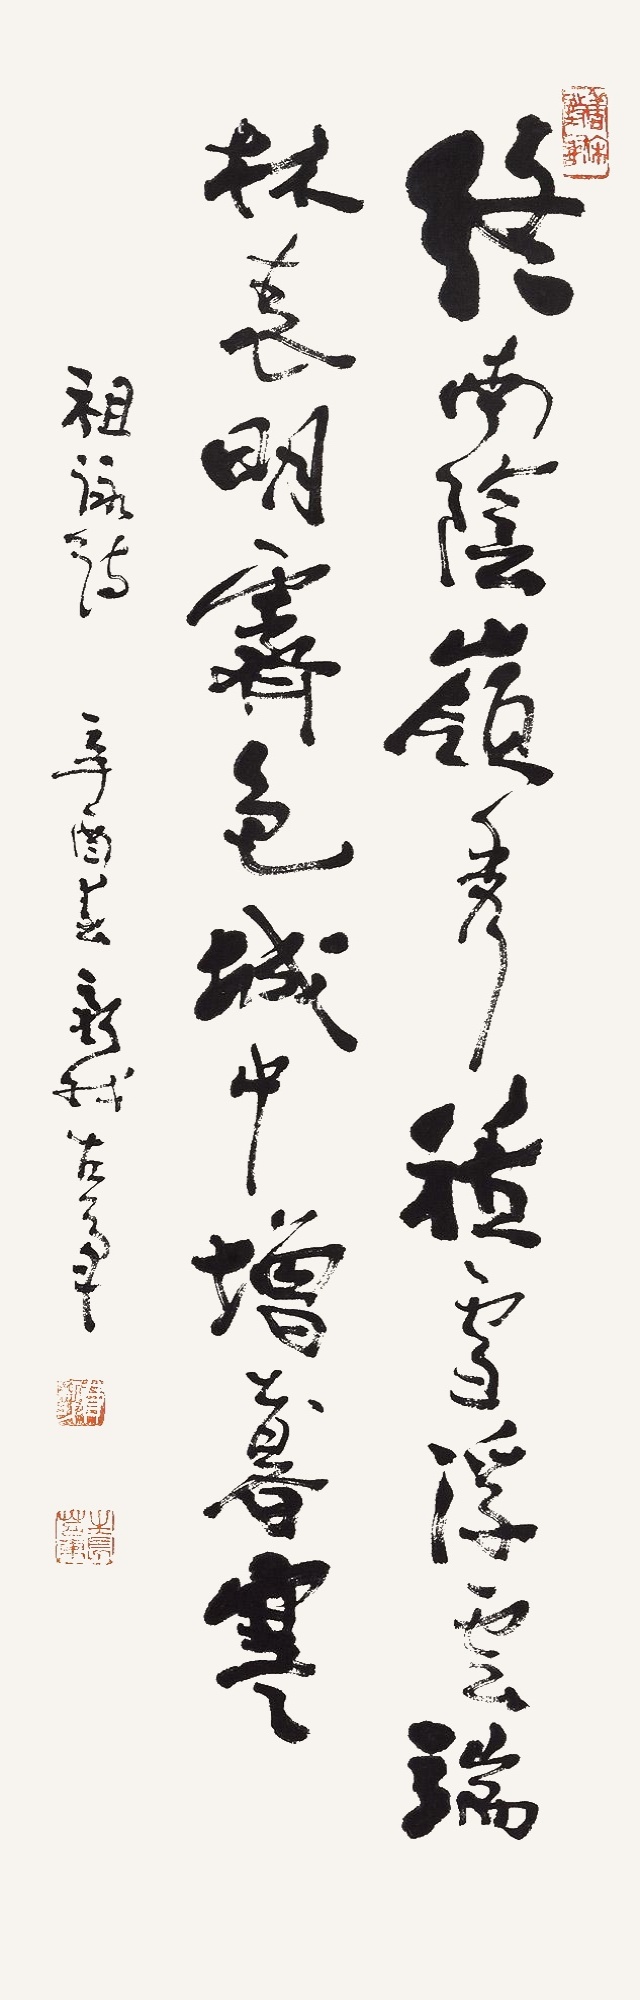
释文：终南阴岭秀，积雪浮云端。林表明霁色，城中增暮寒。祖咏诗，辛酉春，新我左笔